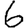
Digit: 6